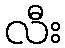
လီး